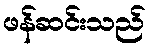
ဖန်ဆင်းသည်